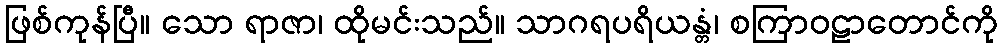
ဖြစ်ကုန်ပြီ။ သော ရာဇာ၊ ထိုမင်းသည်။ သာဂရပရိယန္တံ၊ စကြာဝဠာတောင်ကို